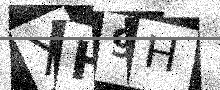
Text: XH9H